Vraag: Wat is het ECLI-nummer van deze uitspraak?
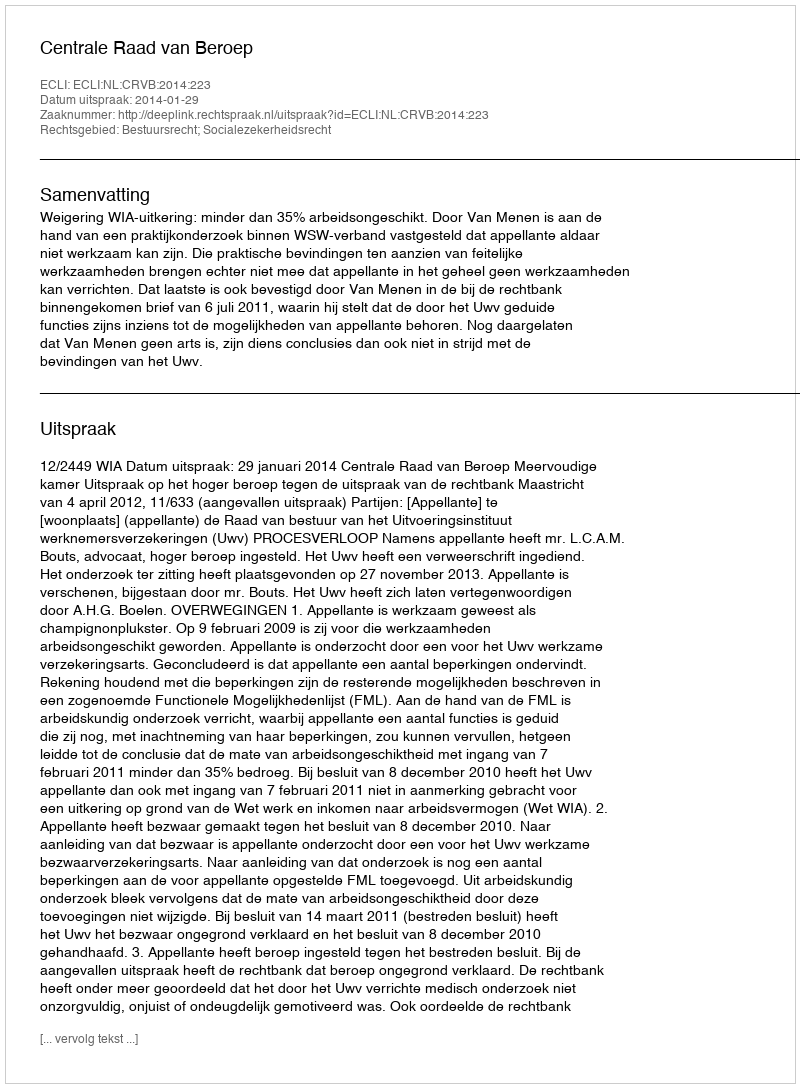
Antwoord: ECLI:NL:CRVB:2014:223